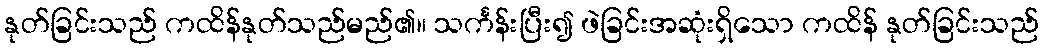
နုတ်ခြင်းသည် ကထိန်နုတ်သည်မည်၏။ သင်္ကန်းပြီး၍ ဖဲခြင်းအဆုံးရှိသော ကထိန် နုတ်ခြင်းသည်